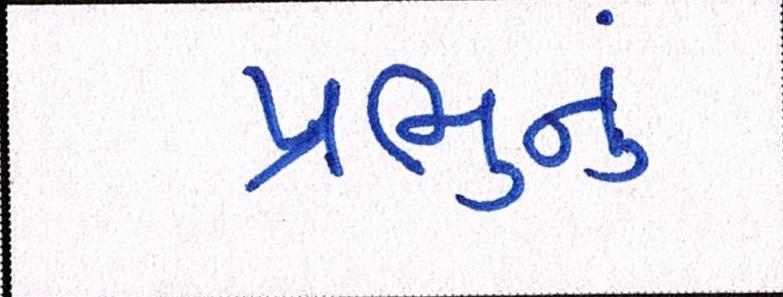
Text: પ્રભુનું